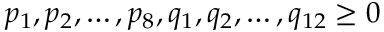
p _ { 1 } , p _ { 2 } , \dotsc , p _ { 8 } , q _ { 1 } , q _ { 2 } , \dotsc , q _ { 1 2 } \geq 0